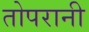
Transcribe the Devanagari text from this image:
तोपरानी